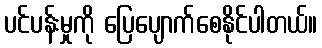
ပင်ပန်းမှုကို ပြေပျောက်စေနိုင်ပါတယ်။